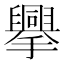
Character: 𢸁